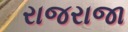
રાજરાજા